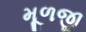
મૂળજી